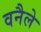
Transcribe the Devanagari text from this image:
वनैले